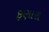
ફણારા